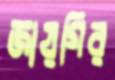
জায়গির